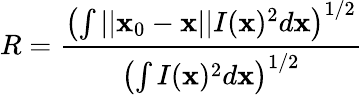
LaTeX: R=\frac{\left(\int||\mathbf{x}_{0}-\mathbf{x}||I(\mathbf{x})^{2}d\mathbf{x}\right)^{1/2}}{\left(\int I(\mathbf{x})^{2}d\mathbf{x}\right)^{1/2}}